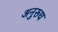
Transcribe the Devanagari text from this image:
अनुरूध